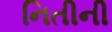
નિતીની